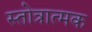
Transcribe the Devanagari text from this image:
स्तोत्रात्मक